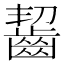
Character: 齧